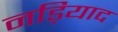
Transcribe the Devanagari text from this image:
नड़ियाद